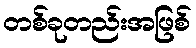
တစ်ခုတည်းအဖြစ်